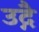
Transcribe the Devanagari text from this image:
उद्गै